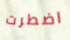
اضطرت